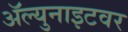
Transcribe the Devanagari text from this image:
ॲल्युनाइटवर